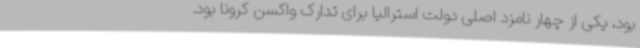
بود، یکی از چهار نامزد اصلی دولت استرالیا برای تدارک واکسن کرونا بود.